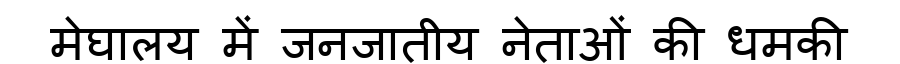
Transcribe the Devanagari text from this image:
मेघालय में जनजातीय नेताओं की धमकी